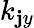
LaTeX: k_{\mathbf{j}y}